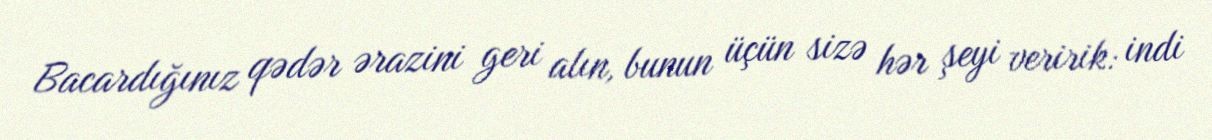
Bacardığınız qədər ərazini geri alın, bunun üçün sizə hər şeyi veririk: indi